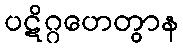
ပဋိဂ္ဂဟေတွာန